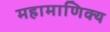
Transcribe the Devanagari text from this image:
महामाणिक्य